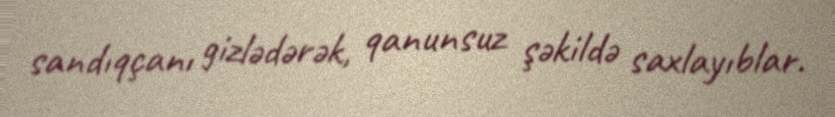
sandıqçanı gizlədərək, qanunsuz şəkildə saxlayıblar.